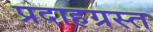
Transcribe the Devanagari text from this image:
प्रदाहग्रस्त